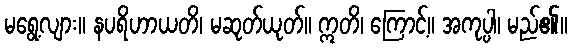
မရွေ့လျား။ နပရိဟာယတိ၊ မဆုတ်ယုတ်။ ဣတိ၊ ကြောင့်။ အကုပ္ပါ၊ မည်၏။